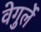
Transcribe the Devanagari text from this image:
वेगुर्ले